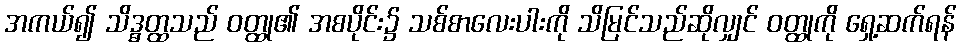
အကယ်၍ သိဒ္ဓတ္ထသည် ဝတ္ထု၏ အစပိုင်း၌ သစ်စာလေးပါးကို သိမြင်သည်ဆိုလျှင် ဝတ္ထုကို ရှေ့ဆက်ရန်